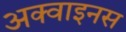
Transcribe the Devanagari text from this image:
अक्वाइनस